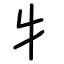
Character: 牜